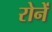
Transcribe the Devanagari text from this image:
रोनें